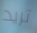
تريد